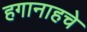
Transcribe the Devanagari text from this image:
हगानाहचे